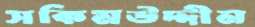
সকিমউদ্দীন